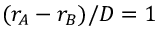
( r _ { A } - r _ { B } ) / D = 1